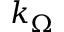
k _ { \Omega }